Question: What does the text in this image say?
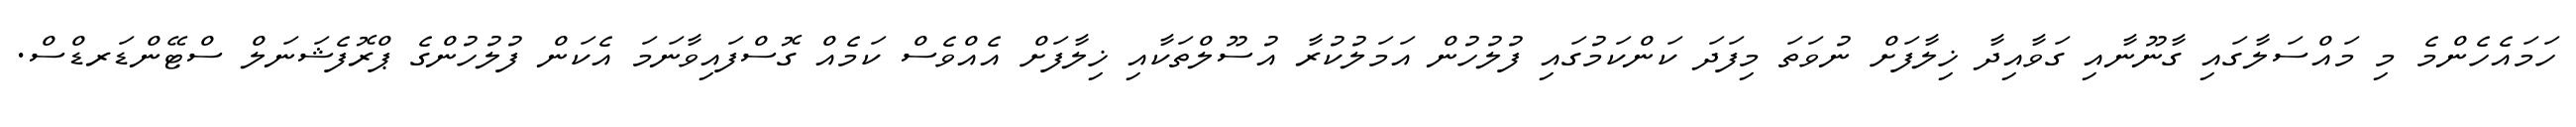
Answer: ހަމައެހެންމެ މި މައްސަލާގައި ގާނޫނާއި ގަވާއިދާ ޚިލާފަށް ނުވަތަ މިފަދަ ކަންކަމުގައި ފުލުހުން އަމަލުކުރާ އުސޫލްތަކާއި ޚިލާފަށް އެއްވެސް ކަމެއް ގޮސްފައިވާނަމަ އެކަން ފުލުހުންގެ ޕްރޮފެޝަނަލް ސްޓޭންޑަރޑްސް.